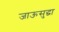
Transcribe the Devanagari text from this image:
जाऊसुद्धा